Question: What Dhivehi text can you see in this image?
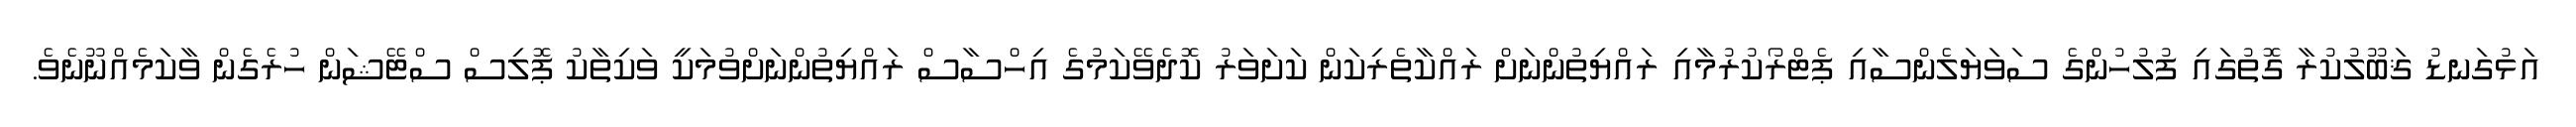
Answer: އަޅުގަނޑު ޤަބޫލުކުރާ ގޮތުގައި ފުލުހުންގެ ސަވަޔަލެންސާއި ޕެޓްރޯކުރުމާއި ރައްޔިތުންނަށް ރައްކާތެރިކަން ކަށަވަރު ކޮދެވޭކަމުގެ އިހްސާސް ރައްޔިތުންނަށްވުމަކީ ވަކިތާކު ޕޮލިސް ސްޓޭޝަން ހުރެގެން ވާކަމެއްނޫނެވެ.